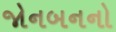
જોનબનનો